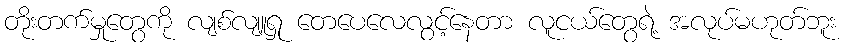
တိုးတက်မှုတွေကို လျစ်လျူရှု တေပေလေလွင့်နေတာ လူငယ်တွေရဲ့ အလုပ်မဟုတ်ဘူး